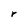
Character: r